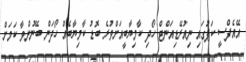
އޭއެފްސީ ކަޕުގައި ނިއުރޭޑިއަންޓް ހޯދި ކާމިޔާބީއަށްވުރެ ބޮޑު ކާމިޔާބެއް ހޯދަން ބޭނުންވާ ކަމަށް